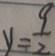
y = \frac { 9 } { 2 }